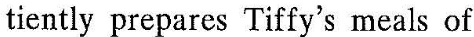
tiently p:epzres Tiffy's meals of